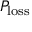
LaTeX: P _ { \mathrm { l o s s } }